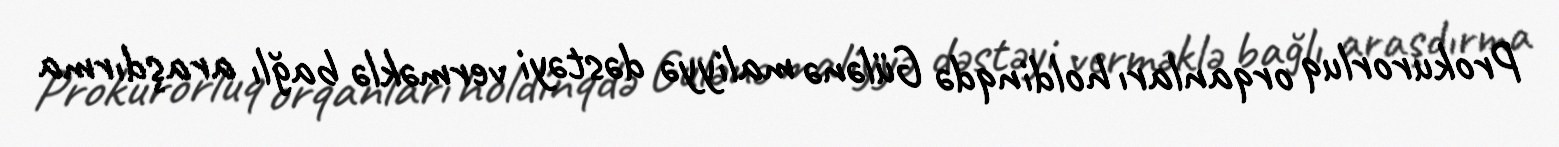
Prokurorluq orqanları holdinqdə Gülənə maliyyə dəstəyi verməklə bağlı araşdırma